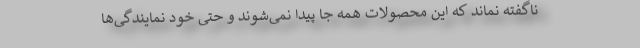
ناگفته نماند که این محصولات همه جا پیدا نمی‌شوند و حتی خود نمایندگی‌ها